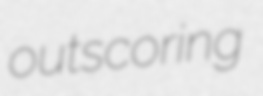
outscoring